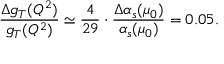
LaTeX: \frac { \Delta g _ { T } ( Q ^ { 2 } ) } { g _ { T } ( Q ^ { 2 } ) } \simeq \frac { 4 } { 2 9 } \cdot \frac { \Delta \alpha _ { s } ( \mu _ { 0 } ) } { \alpha _ { s } ( \mu _ { 0 } ) } = 0 . 0 5 .